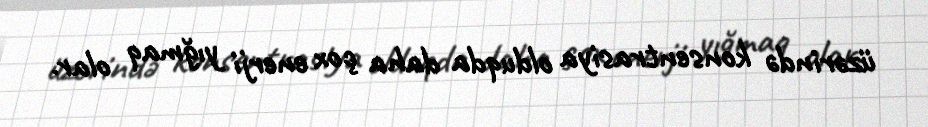
üzərində konsentrasiya olduqda daha çox enerji yığmaq olar.